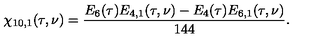
\chi _ { 1 0 , 1 } ( \tau , \nu ) = \frac { E _ { 6 } ( \tau ) E _ { 4 , 1 } ( \tau , \nu ) - E _ { 4 } ( \tau ) E _ { 6 , 1 } ( \tau , \nu ) } { 1 4 4 } .